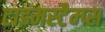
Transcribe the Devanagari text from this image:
टाइमस्टैम्प्स